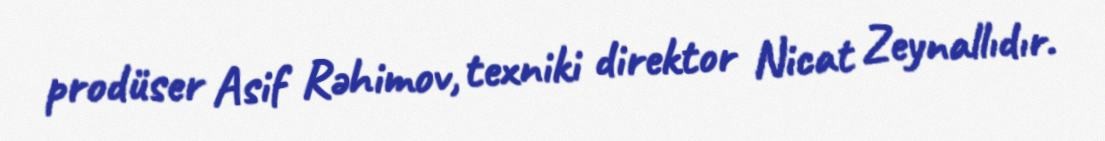
prodüser Asif Rəhimov, texniki direktor Nicat Zeynallıdır.